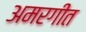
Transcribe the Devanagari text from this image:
अमरगीत